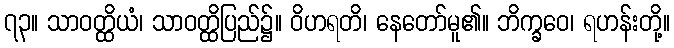
၇၃။ သာဝတ္ထိယံ၊ သာဝတ္ထိပြည်၌။ ဝိဟရတိ၊ နေတော်မူ၏။ ဘိက္ခဝေ၊ ရဟန်းတို့။